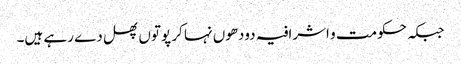
جبکہ حکومت و اشرافیہ دودھوں نہا کر پوتوں پھل دے رہے ہیں۔